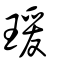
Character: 瑗